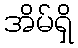
အိမ်ရှိ